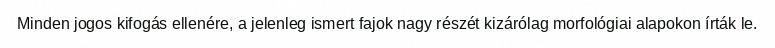
Minden jogos kifogás ellenére, a jelenleg ismert fajok nagy részét kizárólag morfológiai alapokon írták le.